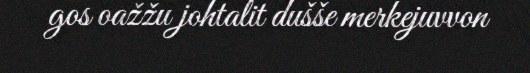
gos oažžu johtalit dušše merkejuvvon